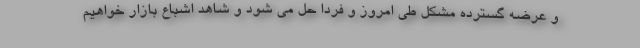
و عرضه گسترده مشکل طی امروز و فردا حل می شود و شاهد اشباع بازار خواهیم